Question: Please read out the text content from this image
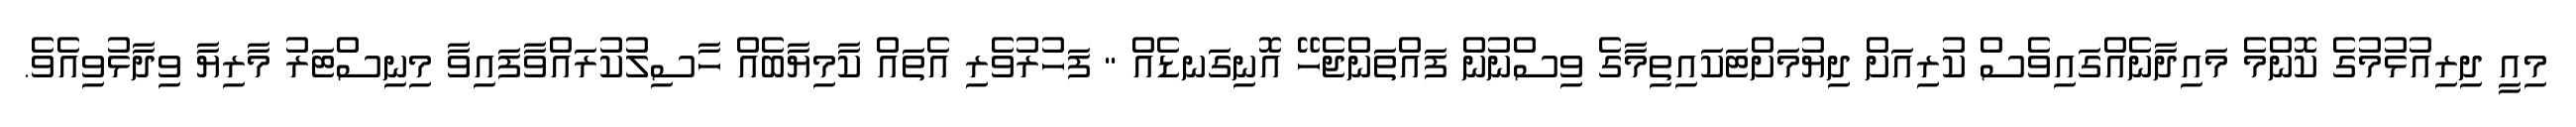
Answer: މިއީ ދިރިއުޅުމުގެ ކޮންމެ މައިދާނެއްގައިވެސް ކުރިއަށް ދިޔުމަށްޓަކައިތިމާގެ ވިސްނުން ފައްތަންޖެހޭ އޮނިގަނޑެއް " ފަހުރުވެރި އެތައް ކާމިޔާބެއް ހާސިލުކުރައްވާފައިވާ މިނިސްޓަރު މާރިޔާ ވިދާޅުވިއެވެ.